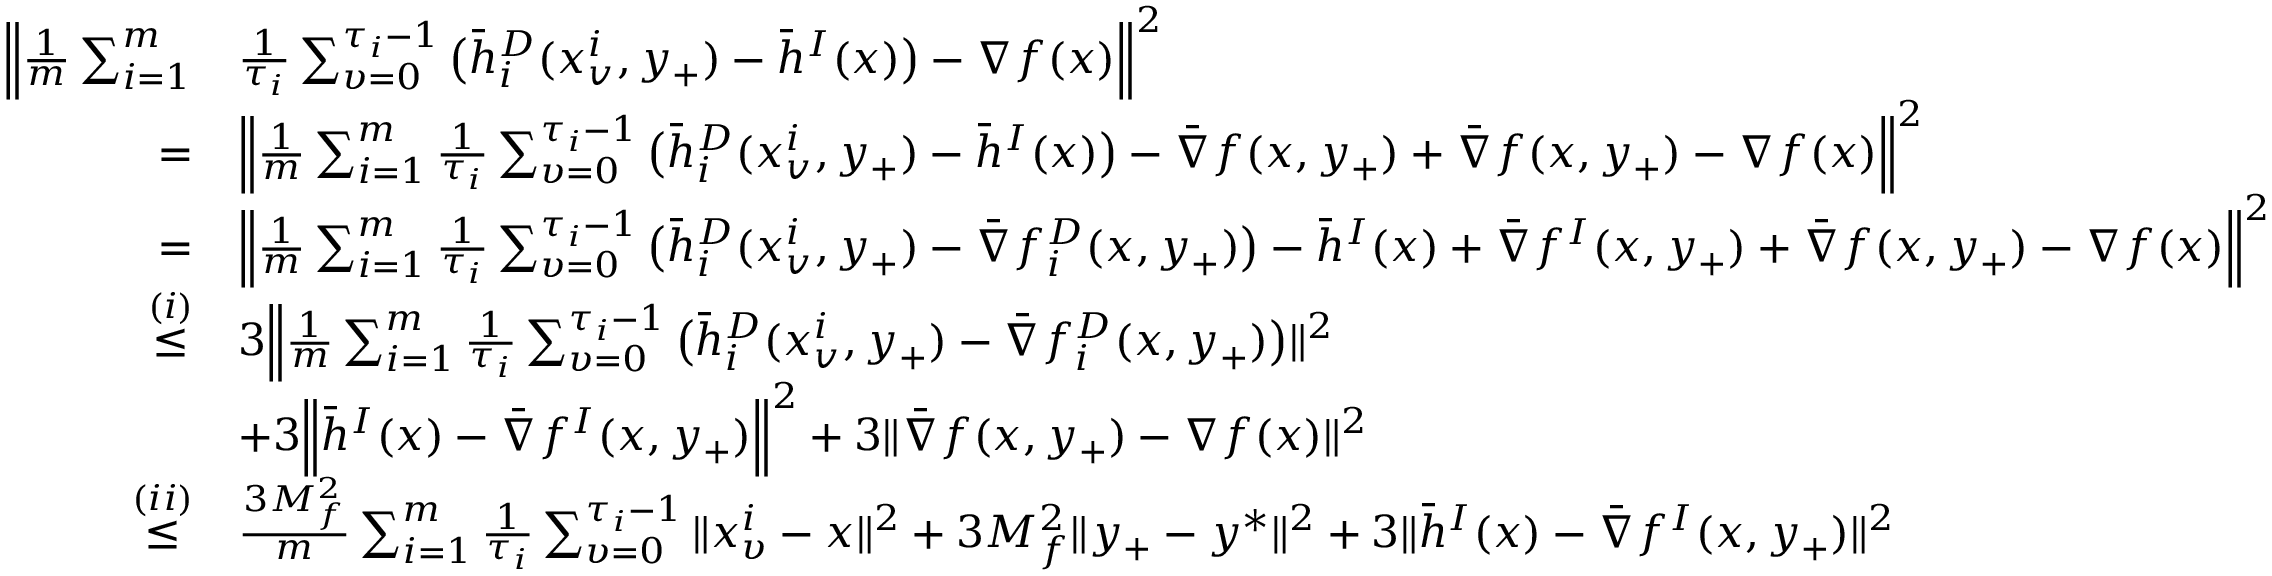
\begin{array} { r l } { \Big \| \frac { 1 } { m } \sum _ { i = 1 } ^ { m } } & { \frac { 1 } { \tau _ { i } } \sum _ { \upsilon = 0 } ^ { \tau _ { i } - 1 } \big ( \Bar { h } _ { i } ^ { D } ( x _ { v } ^ { i } , y _ { + } ) - \bar { h } ^ { I } ( x ) \big ) - \nabla f ( x ) \Big \| ^ { 2 } } \\ { = } & { \Big \| \frac { 1 } { m } \sum _ { i = 1 } ^ { m } \frac { 1 } { \tau _ { i } } \sum _ { \upsilon = 0 } ^ { \tau _ { i } - 1 } \big ( \Bar { h } _ { i } ^ { D } ( x _ { v } ^ { i } , y _ { + } ) - \bar { h } ^ { I } ( x ) \big ) - \bar { \nabla } f ( x , y _ { + } ) + \bar { \nabla } f ( x , y _ { + } ) - \nabla f ( x ) \Big \| ^ { 2 } } \\ { = } & { \Big \| \frac { 1 } { m } \sum _ { i = 1 } ^ { m } \frac { 1 } { \tau _ { i } } \sum _ { \upsilon = 0 } ^ { \tau _ { i } - 1 } \big ( \Bar { h } _ { i } ^ { D } ( x _ { v } ^ { i } , y _ { + } ) - \bar { \nabla } f _ { i } ^ { D } ( x , y _ { + } ) \big ) - \bar { h } ^ { I } ( x ) + \bar { \nabla } f ^ { I } ( x , y _ { + } ) + \bar { \nabla } f ( x , y _ { + } ) - \nabla f ( x ) \Big \| ^ { 2 } } \\ { \overset { ( i ) } \leq } & { 3 \Big \| \frac { 1 } { m } \sum _ { i = 1 } ^ { m } \frac { 1 } { \tau _ { i } } \sum _ { \upsilon = 0 } ^ { \tau _ { i } - 1 } \big ( \Bar { h } _ { i } ^ { D } ( x _ { v } ^ { i } , y _ { + } ) - \bar { \nabla } f _ { i } ^ { D } ( x , y _ { + } ) \big ) \| ^ { 2 } } \\ & { + 3 \Big \| \bar { h } ^ { I } ( x ) - \bar { \nabla } f ^ { I } ( x , y _ { + } ) \Big \| ^ { 2 } + 3 \| \bar { \nabla } f ( x , y _ { + } ) - \nabla f ( x ) \| ^ { 2 } } \\ { \overset { ( i i ) } \leq } & { \frac { 3 M _ { f } ^ { 2 } } { m } \sum _ { i = 1 } ^ { m } \frac { 1 } { \tau _ { i } } \sum _ { \upsilon = 0 } ^ { \tau _ { i } - 1 } \| x _ { \upsilon } ^ { i } - x \| ^ { 2 } + 3 M _ { f } ^ { 2 } \| y _ { + } - y ^ { \ast } \| ^ { 2 } + 3 \| \bar { h } ^ { I } ( x ) - \bar { \nabla } f ^ { I } ( x , y _ { + } ) \| ^ { 2 } } \end{array}